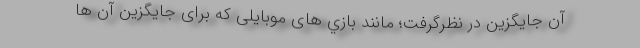
آن جایگزین در نظرگرفت؛ مانند بازي های موبایلی که برای جایگزین آن ها